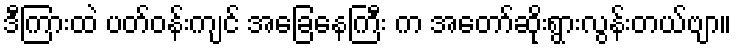
ဒီကြားထဲ ပတ်ဝန်းကျင် အခြေနေကြီး က အတော်ဆိုးရွားလွန်းတယ်ဗျာ။